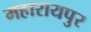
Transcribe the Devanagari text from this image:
महारायपुर